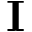
\mathbf { I }